kultuurilooline_kollektsioon, lk 99
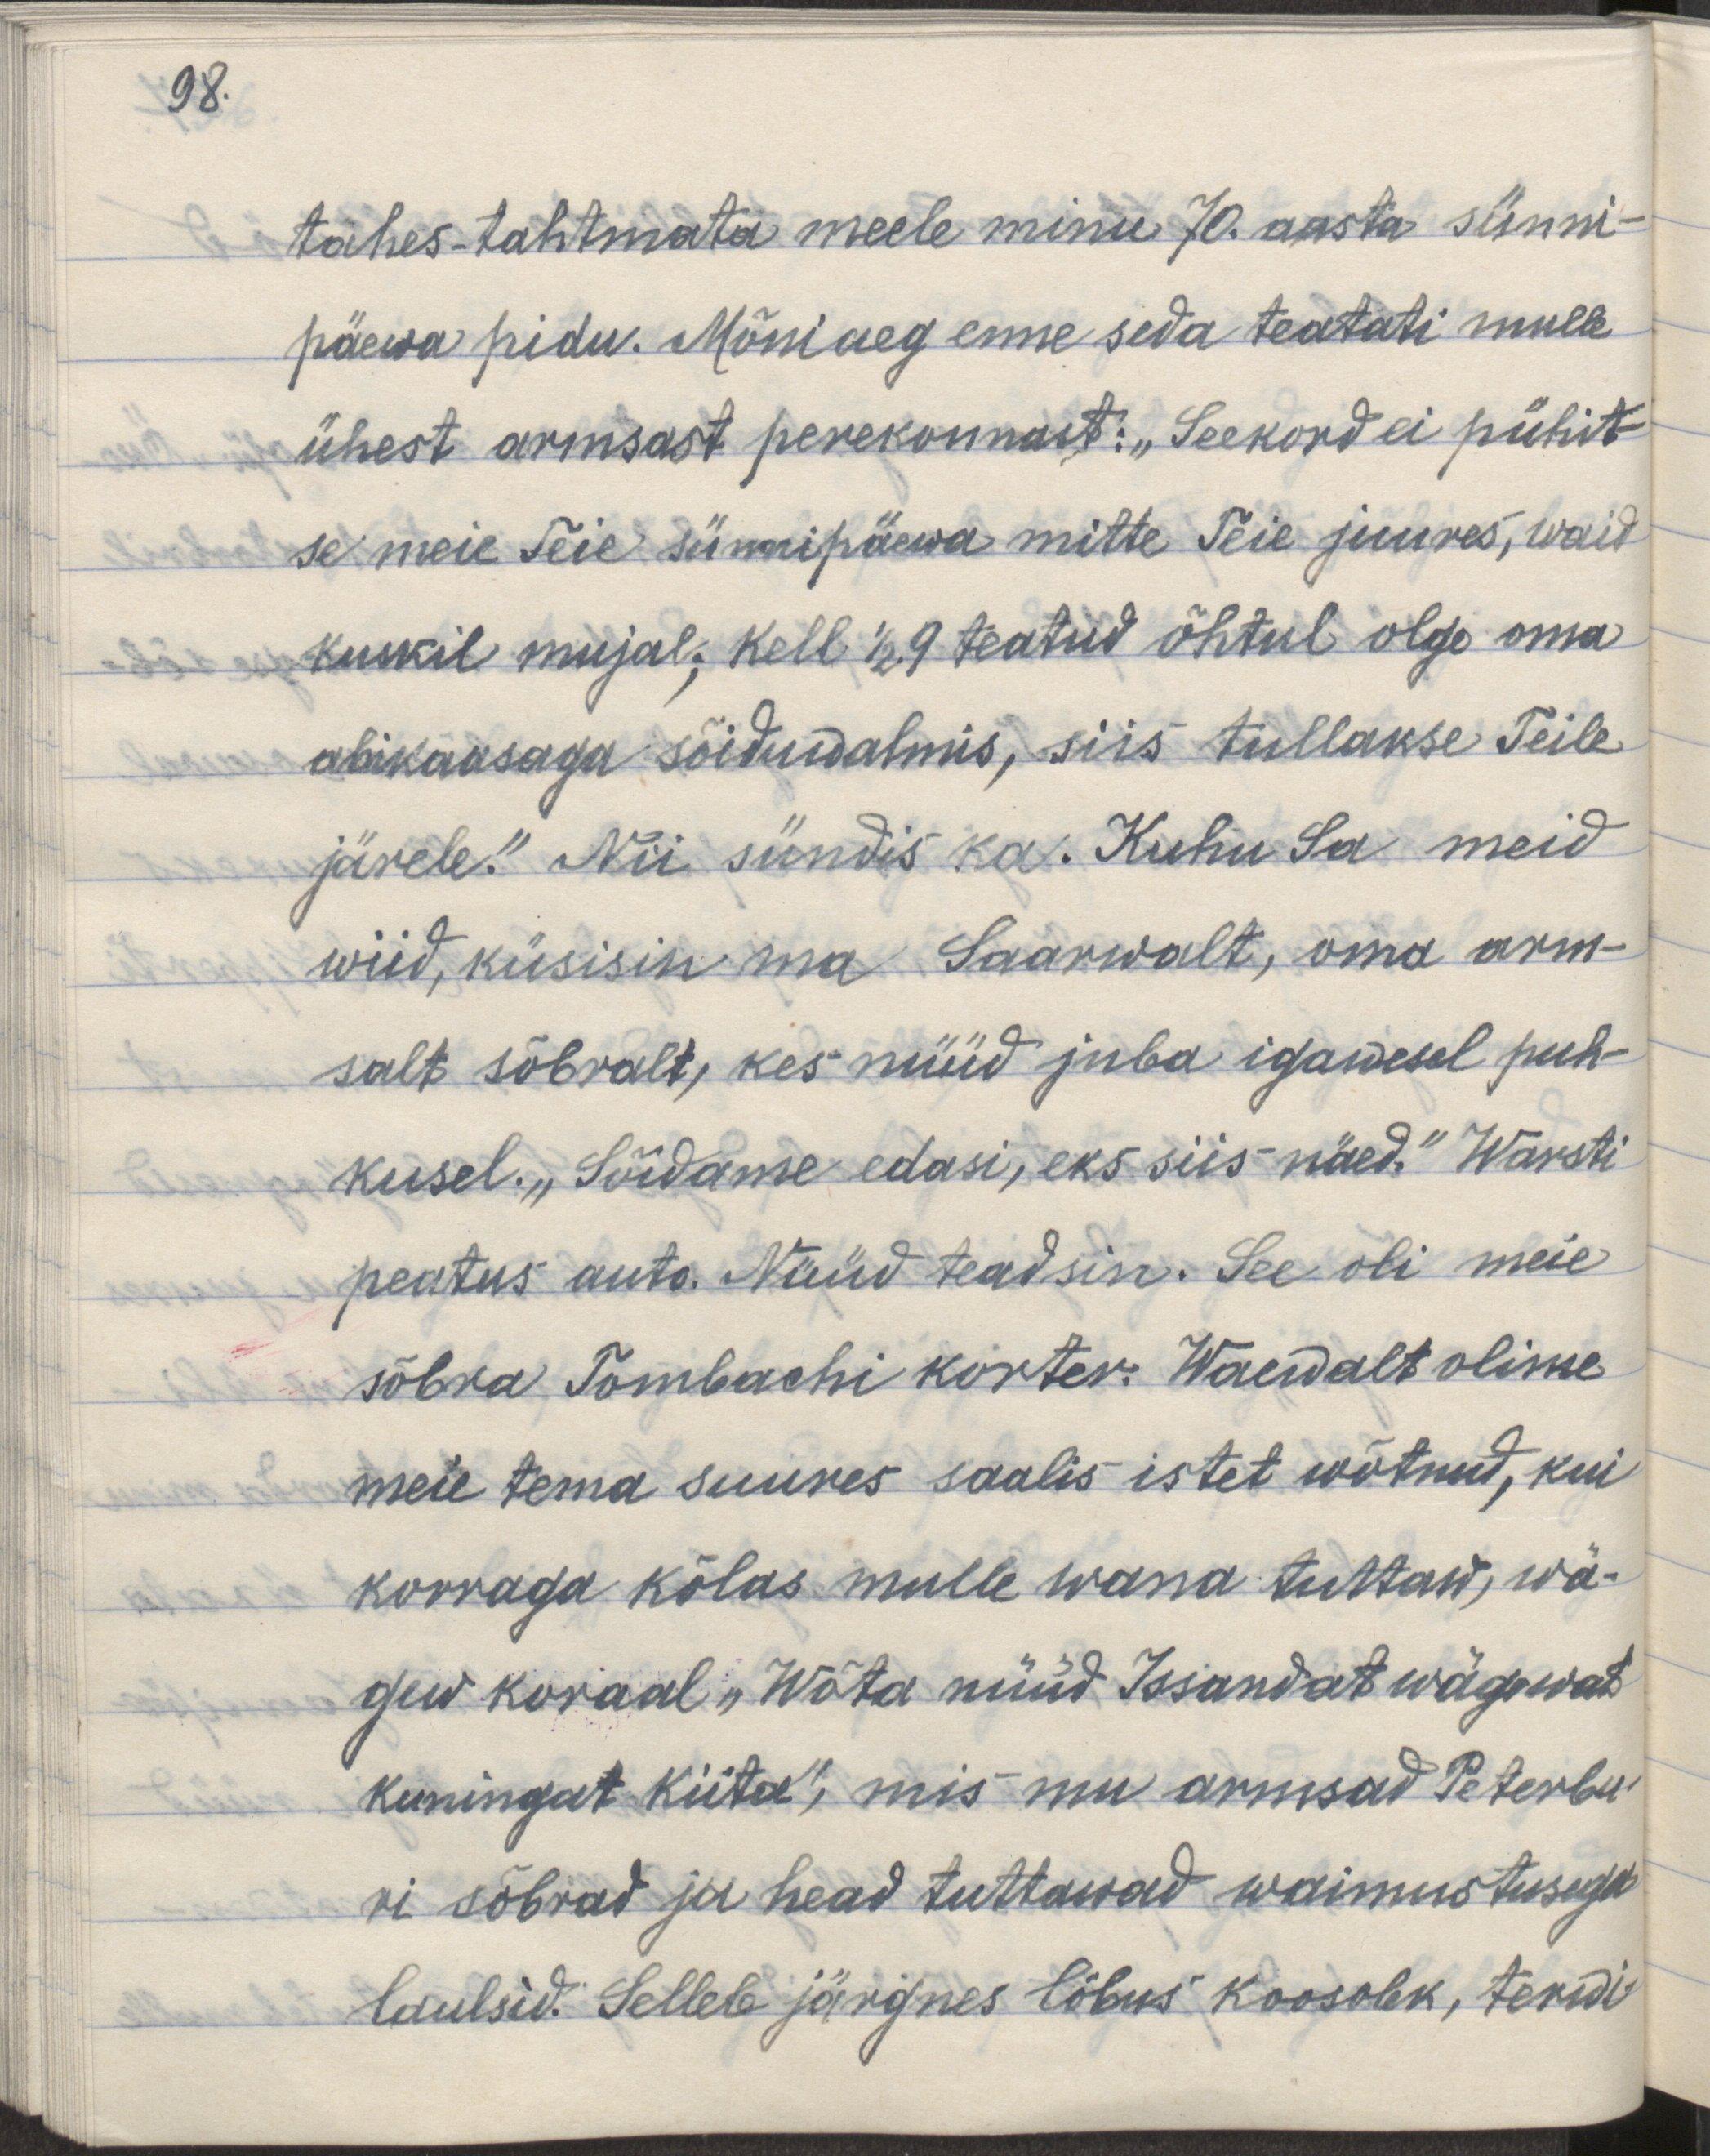
98.

tahes tahtmata meele minu 70. aasta sünni-
päewa pidu. Mõni aeg enne seda teatati mulle
ühest armsast perekonnast: "Seekord ei pühit-
se meie Teie sünnipäewa mitte Teie juures, waid
kuskil mujal; kell 1/2 9 teatud õhtul olge oma
abikaasaga sõiduwalmis, siis tullakse Teile
järele". Nii sündis ka. Kuhu Sa meid
wiid, küsisin ma Saarwalt, oma arm-
salt sõbralt, kes nüüd juba igawesel puh-
kusel. "Sõidame edasi, eks siis näed." Warsti
peatus auto. Nüüd teadsin. See oli meie 
sõbra Tombachi korter. Waewalt olime
meie tema suures saalis istet wõtnud, kui
korraga kõlas mulle wana tuttaw, wä-
gew koraal "Wõta nüüd Issandat wägewat
kuningat kiita", mis mu armsad Peterbu-
ri sõbrad ja head tuttawad waimustusega
laulsid. Sellele järgnes lõbus koosolek, terwi-